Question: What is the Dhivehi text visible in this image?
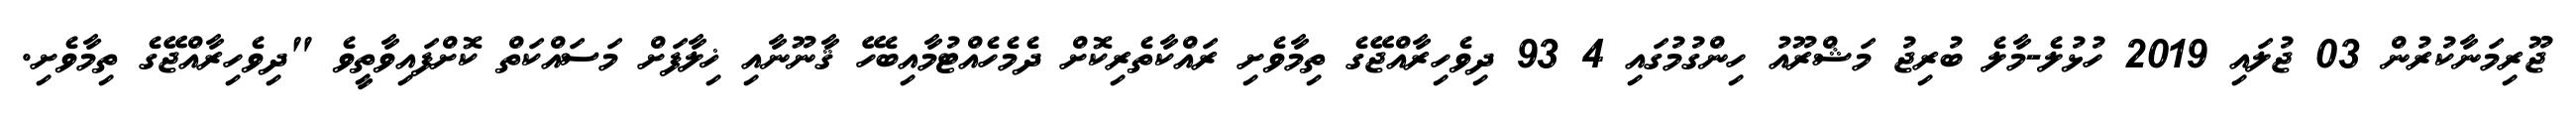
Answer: ޖޫރިމަނާކުރުން 03 ޖުލައި 2019 ހުޅުލެ-މާލެ ބުރިޖު މަޝްރޫއު ހިންގުމުގައި 4 93 ދިވެހިރާއްޖޭގެ ތިމާވެށި ރައްކާތެރިކޮށް ދެމެހެއްޓުމާއިބެހޭ ޤާނޫނާއި ޚިލާފަށް މަސައްކަތް ކޮށްފައިވާތީވެ "ދިވެހިރާއްޖޭގެ ތިމާވެށި.